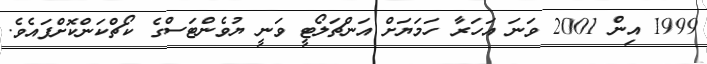
1999 އިން 2001 ވަނަ އަހަރާ ހަމަޔަށް އަންޗަލޯޓީ ވަނީ ޔުވެންޓަސްގެ ކޯޗްކަންކޮށްފައެވެ.